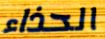
الحذاء